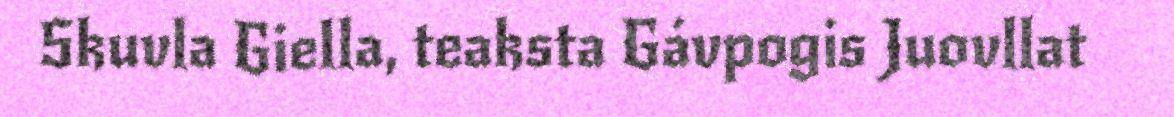
Skuvla Giella, teaksta Gávpogis Juovllat